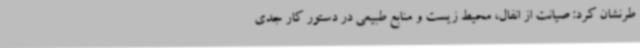
طرنشان کرد: صیانت از انفال، محیط زیست و منابع طبیعی در دستور کار جدی